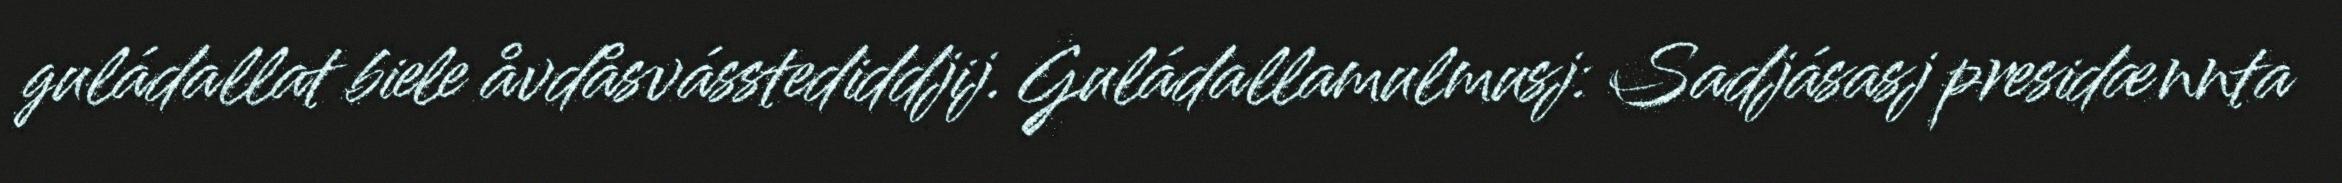
guládallat biele åvdåsvásstediddjij. Guládallamulmusj: Sadjásasj presidænnta